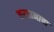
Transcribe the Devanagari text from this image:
करतानाचा